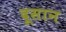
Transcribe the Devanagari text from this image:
दूसान